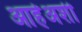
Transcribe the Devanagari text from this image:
आहेअशी